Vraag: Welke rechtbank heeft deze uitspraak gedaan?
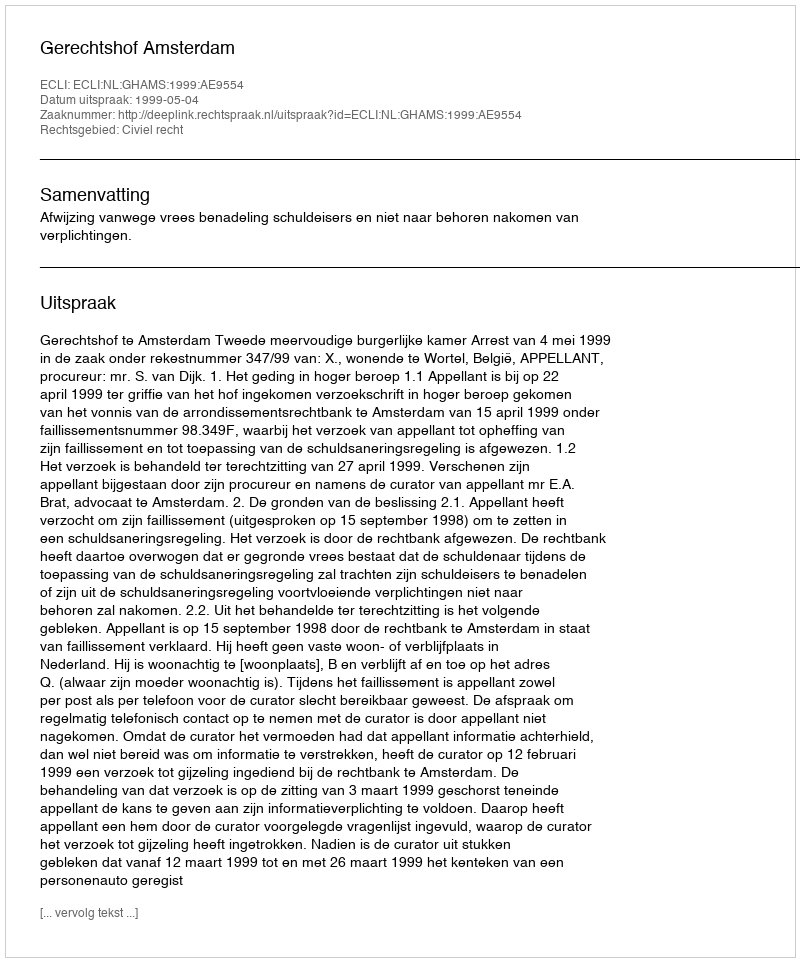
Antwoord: Gerechtshof Amsterdam